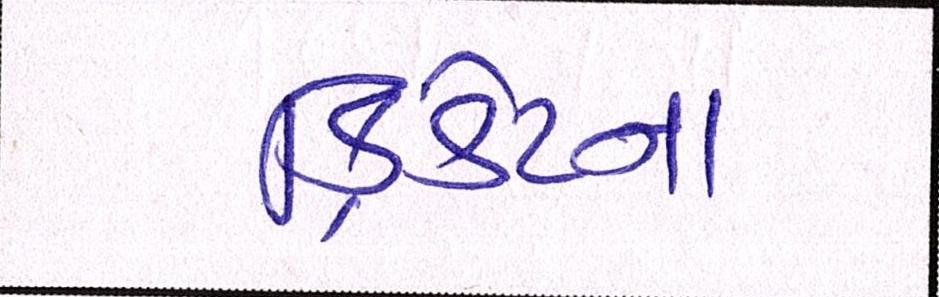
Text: ક્રિકેટના